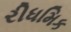
રીધમિક